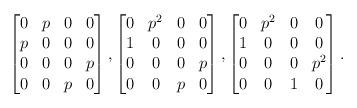
LaTeX: \begin{align*}\begin{bmatrix}0&p&0&0\\p&0&0&0\\0&0&0&p\\0&0&p&0\end{bmatrix},\begin{bmatrix}0&p^2&0&0\\1&0&0&0\\0&0&0&p\\0&0&p&0\end{bmatrix},\begin{bmatrix}0&p^2&0&0\\1&0&0&0\\0&0&0&p^2\\0&0&1&0\end{bmatrix}.\end{align*}